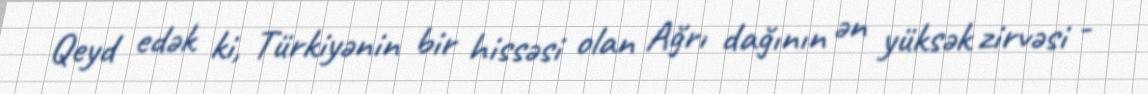
Qeyd edək ki, Türkiyənin bir hissəsi olan Ağrı dağının ən yüksək zirvəsi -